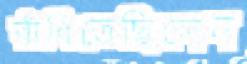
রাঁধিতেছিলেন